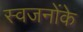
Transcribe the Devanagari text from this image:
स्वजनोंके